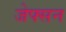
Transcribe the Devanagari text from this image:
जेफ्सन